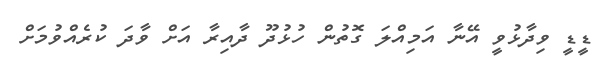
ޑީޑީ ވިދާޅުވީ އޭނާ އަމިއްލަ ގޮތުން ހުޅުދޫ ދާއިރާ އަށް ވާދަ ކުރެއްވުމަށް